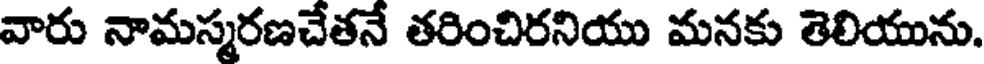
వారు నామస్మరణచేతనే తరించిరనియు మనకు తెలియును.